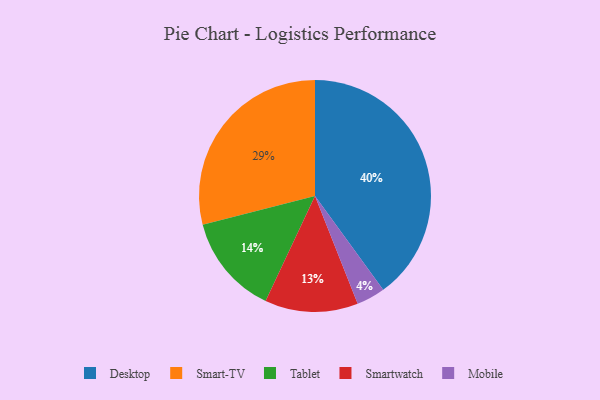
{"axis": {"x": "Category", "y": "Percentage"}, "legend": ["Desktop", "Mobile", "Smart-TV", "Smartwatch", "Tablet"], "data": [{"x": "Desktop", "y": 40, "type": "Desktop"}, {"x": "Mobile", "y": 4, "type": "Mobile"}, {"x": "Tablet", "y": 14, "type": "Tablet"}, {"x": "Smartwatch", "y": 13, "type": "Smartwatch"}, {"x": "Smart-TV", "y": 29, "type": "Smart-TV"}]}